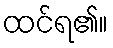
ထင်ရ၏။